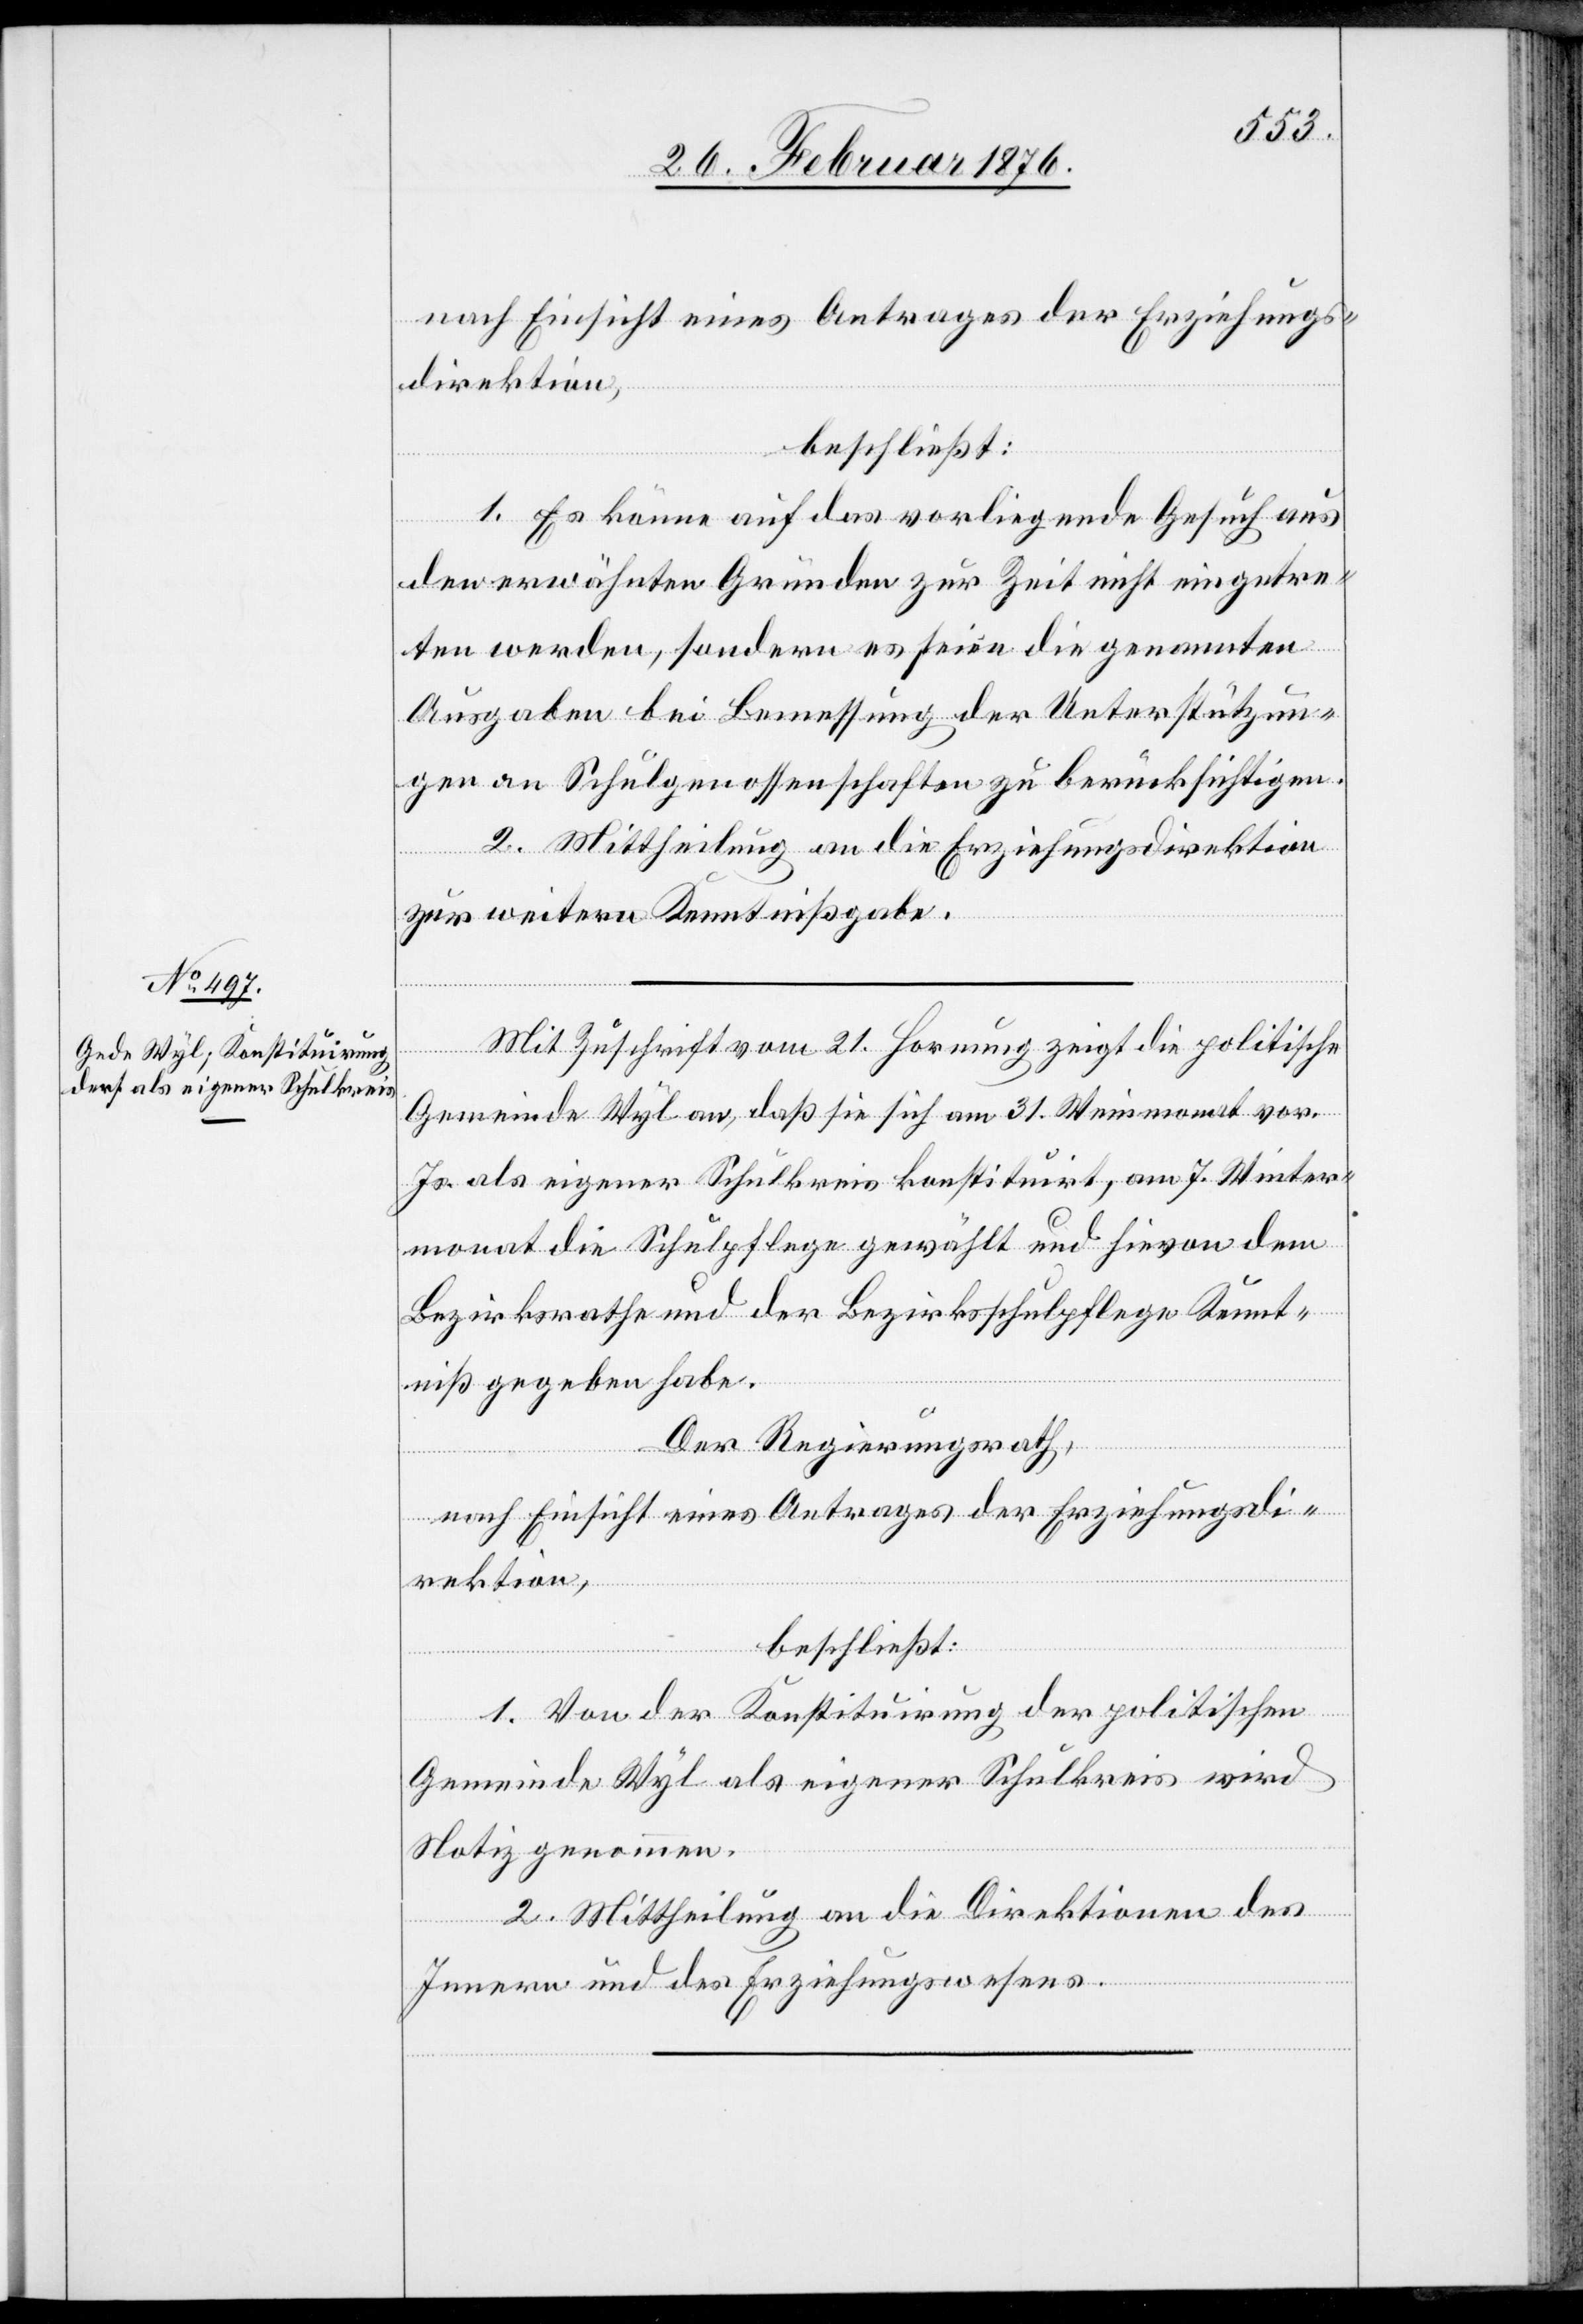
1. Es könne auf das vorliegende Gesuch aus
den erwähnten Gründen zur Zeit nicht eingetre¬
ten werden, sondern es seien die genannten
Ausgaben bei Bemessung der Unterstützun¬
gen an Schulgenossenschaften zu berücksichtigen.
2. Mittheilung an die Erziehungsdirektion
zur weiteren Kenntnißgabe.
Mit Zuschrift vom 21. Hornung zeigt die politische
Gemeinde Wyl an, daß sie sich am 31. Weinmonat vor.
Js. als eigener Schulkreis konstituirt, am 7. Winter¬
monat die Schulpflege gewählt und hievon dem
Bundesrathe und der Bezirksschulpflege Kennt¬
niß gegeben habe.
Der Regierungsrath,
nach Einsicht eines Antrages der Erziehungsdi¬
rektion,
beschließt:
1. Von der Konstituirung der politischen
Gemeinde Wyl als eigener Schulkreis wird
Notiz genommen.
2. Mittheilung an die Direktionen des
Innern und des Erziehungswesens.